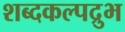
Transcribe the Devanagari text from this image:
शब्दकल्पद्रुभ